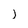
Character: j